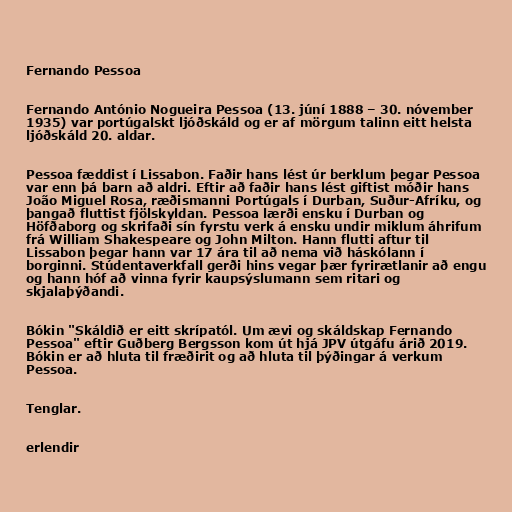
Fernando Pessoa

Fernando António Nogueira Pessoa (13. júní 1888 – 30. nóvember
1935) var portúgalskt ljóðskáld og er af mörgum talinn eitt helsta
ljóðskáld 20. aldar.

Pessoa fæddist í Lissabon. Faðir hans lést úr berklum þegar Pessoa
var enn þá barn að aldri. Eftir að faðir hans lést giftist móðir hans
João Miguel Rosa, ræðismanni Portúgals í Durban, Suður-Afríku, og
þangað fluttist fjölskyldan. Pessoa lærði ensku í Durban og
Höfðaborg og skrifaði sín fyrstu verk á ensku undir miklum áhrifum
frá William Shakespeare og John Milton. Hann flutti aftur til
Lissabon þegar hann var 17 ára til að nema við háskólann í
borginni. Stúdentaverkfall gerði hins vegar þær fyrirætlanir að engu
og hann hóf að vinna fyrir kaupsýslumann sem ritari og
skjalaþýðandi.

Bókin "Skáldið er eitt skrípatól. Um ævi og skáldskap Fernando
Pessoa" eftir Guðberg Bergsson kom út hjá JPV útgáfu árið 2019.
Bókin er að hluta til fræðirit og að hluta til þýðingar á verkum
Pessoa.

Tenglar.

erlendir